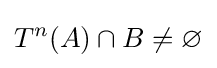
T^{n}(A)\cap B\neq \varnothing